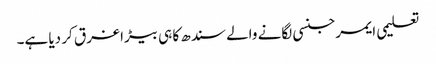
تعلیمی ایمرجنسی لگانے والے سندھ کا ہی بیڑا غرق کر دیا ہے۔